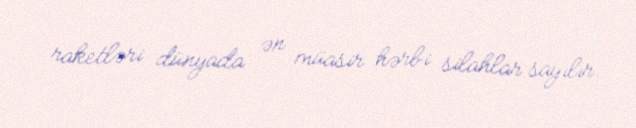
raketləri dünyada ən müasir hərbi silahlar sayılır.